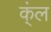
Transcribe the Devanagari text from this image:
क्ंल